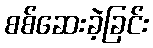
စစ်ဆေးခဲ့ခြင်း